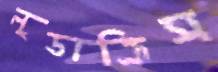
লুডাক্রিস